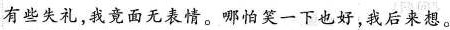
有些失礼，我竟面无表情。哪怕笑一下也好，我后来想。